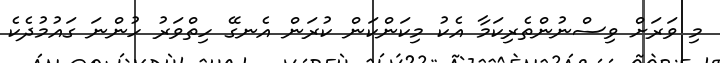
މި ވަރަށް ވިސްނުންތެރިކަމާ އެކު މިކަންކަން ކުރަން އެނގޭ ހިތްވަރު ހުންނަ ގައުމުދެކެ